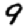
Digit: 9